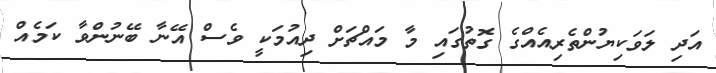
އަދި ލަވަކިޔުންތެރިއެއްގެ ގޮތުގައި މާ މައްޗަށް ދިއުމަކީ ވެސް އޭނާ ބޭނުންވާ ކަމެއް